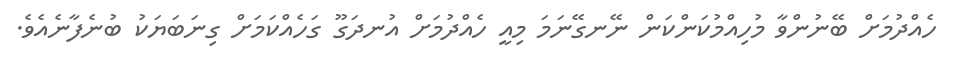
ހެއްދުމަށް ބޭނުންވާ މުހިއްމުކަންކަން ނޭނގޭނަމަ މިއީ ހެއްދުމަށް އުނދަގޫ ގަހެއްކަމަށް ގިނަބަޔަކު ބުނެފާނެއެވެ.